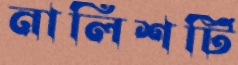
নালিশটি